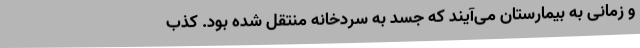
و زمانی به بیمارستان می‌آیند که جسد به سردخانه منتقل شده بود. کذب